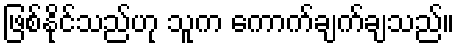
ဖြစ်နိုင်သည်ဟု သူက ကောက်ချက်ချသည်။